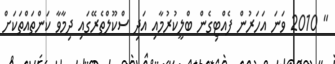
" 2010 ވަނަ އަހަރުން ފެއްޓިގެން ބްލީކުރުމާއި އަދި ސްކޫލްތެރޭގައި ދިމާވާ ކަންތައްތަކަށް